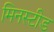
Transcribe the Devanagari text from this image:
मिनस्टीड